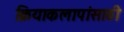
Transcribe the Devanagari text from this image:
क्रियाकलापांसाठी